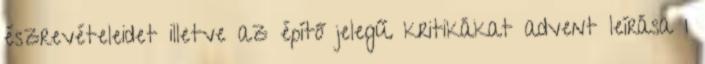
észrevételeidet illetve az építő jelegű kritikákat advent leírása 1